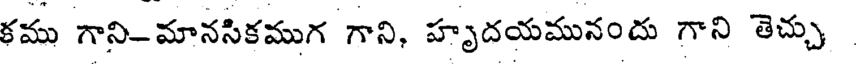
కము గాని-మానసికముగ గాని, హృదయమునందు గాని తెచ్చు